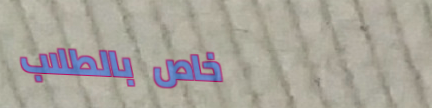
خاص بالطلاب